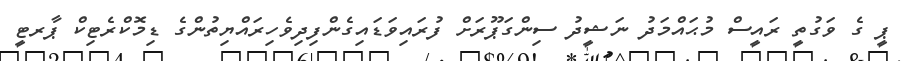
ޕީ ގެ ވަގުތީ ރައީސް މުޙައްމަދު ނަޝީދު ސިންގަޕޫރަށް ފުރައިވަޑައިގެންފިދިވެހިރައްޔިތުންގެ ޑިމޮކްރެޓިކް ޕާރޓީ